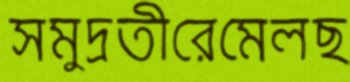
সমুদ্রতীরেমেলছ